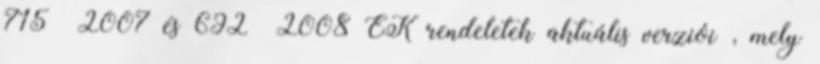
715 2007 és 692 2008 EK rendeletek aktuális verziói , mely